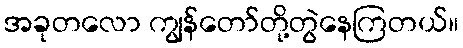
အခုတလော ကျွန်တော်တို့တွဲနေကြတယ်။